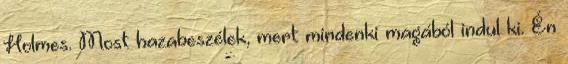
Holmes. Most hazabeszélek, mert mindenki magából indul ki. Én